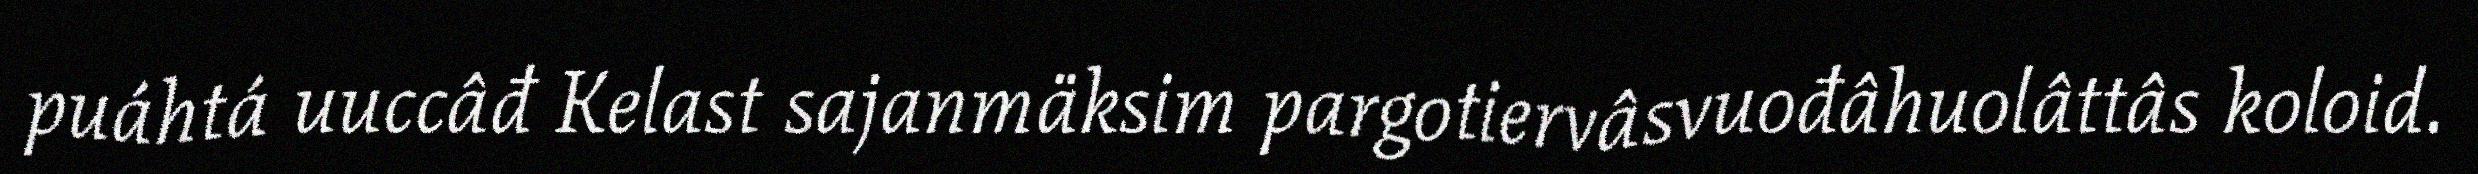
puáhtá uuccâđ Kelast sajanmäksim pargotiervâsvuođâhuolâttâs koloid.